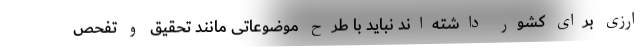
ارزی برای کشور داشته‌اند نباید با طرح موضوعاتی مانند تحقیق و تفحص